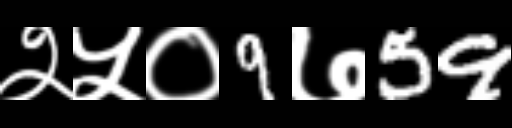
Text: २५०9७59